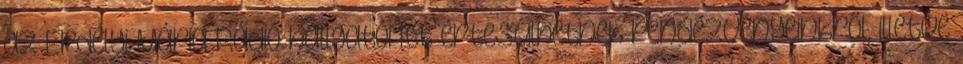
az Erdélyi Mária Rádió hallgatói itt értesülhetnek rendezvényeinkről, illetve